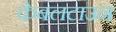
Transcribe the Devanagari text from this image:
केबलटाउन